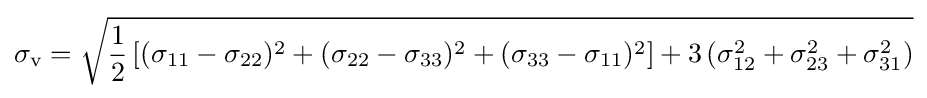
\sigma _{\text{v}}={\sqrt {{\frac {1}{2}}\left[(\sigma _{11}-\sigma _{22})^{2}+(\sigma _{22}-\sigma _{33})^{2}+(\sigma _{33}-\sigma _{11})^{2}\right]+3\left(\sigma _{12}^{2}+\sigma _{23}^{2}+\sigma _{31}^{2}\right)}}